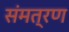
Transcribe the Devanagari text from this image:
संमत्रण